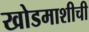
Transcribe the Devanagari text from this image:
खोडमाशीची